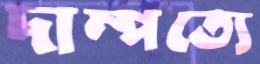
দাম্পত্যে